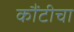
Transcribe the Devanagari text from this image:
कौंटीचा